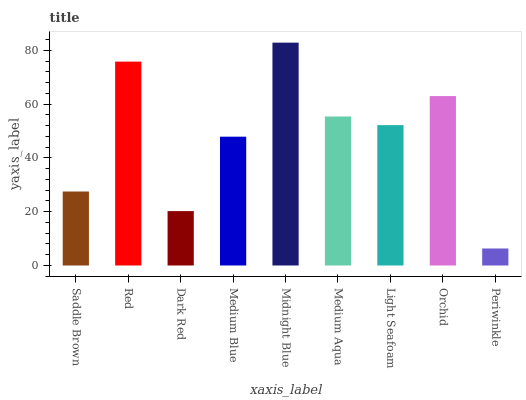
| xaxis_label | bars |
 | --- | --- |
 | Saddle Brown | 27.5 |
 | Red | 75.8 |
 | Dark Red | 20.2 |
 | Medium Blue | 47.9 |
 | Midnight Blue | 82.9 |
 | Medium Aqua | 55.4 |
 | Light Seafoam | 52.2 |
 | Orchid | 63 |
 | Periwinkle | 6.33 |